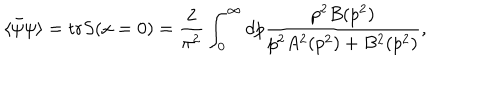
LaTeX: \langle \bar { \psi } \psi \rangle = \mathrm { t r } S ( x = 0 ) = \frac { 2 } { \pi ^ { 2 } } \int _ { 0 } ^ { \infty } d p \frac { p ^ { 2 } B ( p ^ { 2 } ) } { p ^ { 2 } A ^ { 2 } ( p ^ { 2 } ) + B ^ { 2 } ( p ^ { 2 } ) } ,